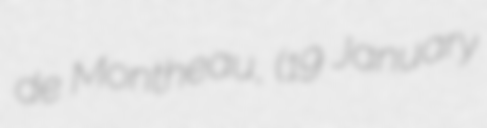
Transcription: de Montheau, (19 January